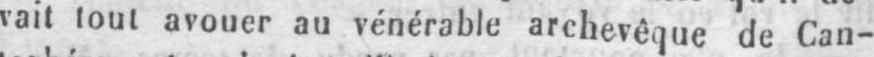
vait tout avouer au vénérable archevêque de Can-